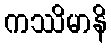
ကဿိမာနိ